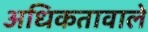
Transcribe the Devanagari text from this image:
अधिकतावाले